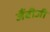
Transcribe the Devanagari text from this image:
जैंबीजी